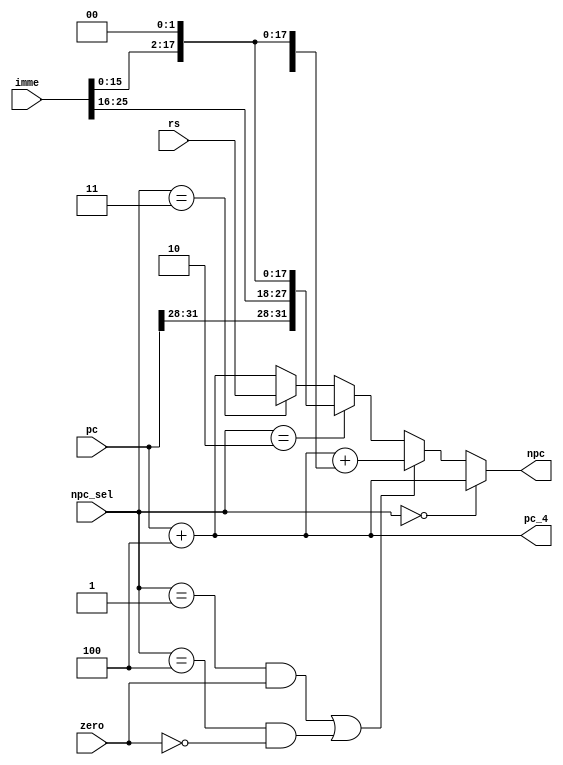
module npc ( pc , npc_sel , zero , imme , rs ,  npc , pc_4 ); // calculate the next pc
    input  [25:0]   imme        ;           // clock and reset
    input  [31:0]   pc          ;           // next pc input
    input  [31:0]   rs          ;           // data in the $rs
    input  [2:0]    npc_sel     ;           // instr type
    input           zero        ;           // ctrl the operation
    output [31:0]   npc         ;           // ouput pc 
    output [31:0]   pc_4        ; 
    
    wire   [31:0]   npc , pc_4                    ;
    wire   [15:0]   offset                        ;
    
    assign  offset  = imme[15:0]                  ;           // set the offset   
    assign  pc_4    = pc + 4                      ;           // ouput pc+4 
    
    parameter       R  =  3'b000,           // R_type
                    BEQ=  3'b001,           // BEQ_type
                    J  =  3'b010,           // J_type
                    JR =  3'b011,           // JR_type
                    BNE=  3'b100;           // BNE_type        
    
    assign  npc     = (npc_sel == R)         ?  pc_4                      :
                      ((npc_sel == BEQ && zero) || (npc_sel == BNE && !zero)) ?  pc_4 + {{14{offset[15]}},offset,2'b0}:
                      (npc_sel == J)         ?  {pc[31:28],imme,2'b0}     :
                      (npc_sel == JR)        ?  rs                        :
                                                pc_4                      ;
endmodule